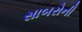
સાબરોની